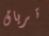
ترياق